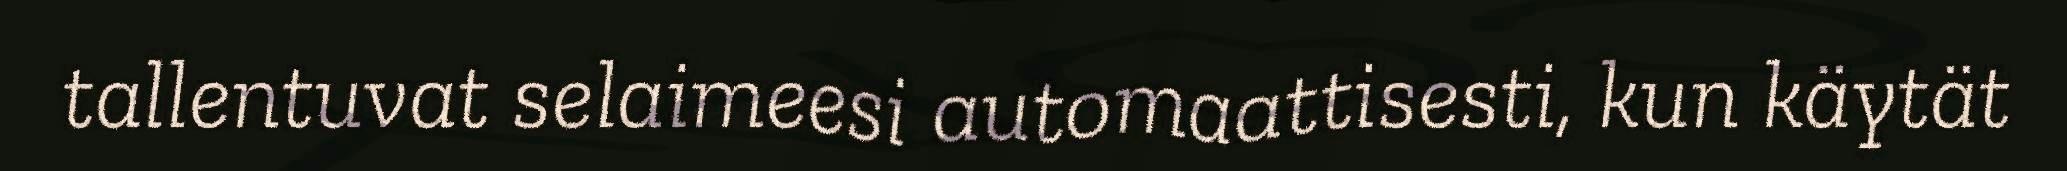
tallentuvat selaimeesi automaattisesti, kun käytät